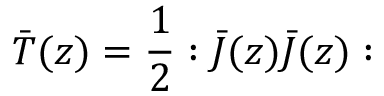
\bar { T } ( z ) = \frac { 1 } { 2 } : \bar { J } ( z ) \bar { J } ( z ) :